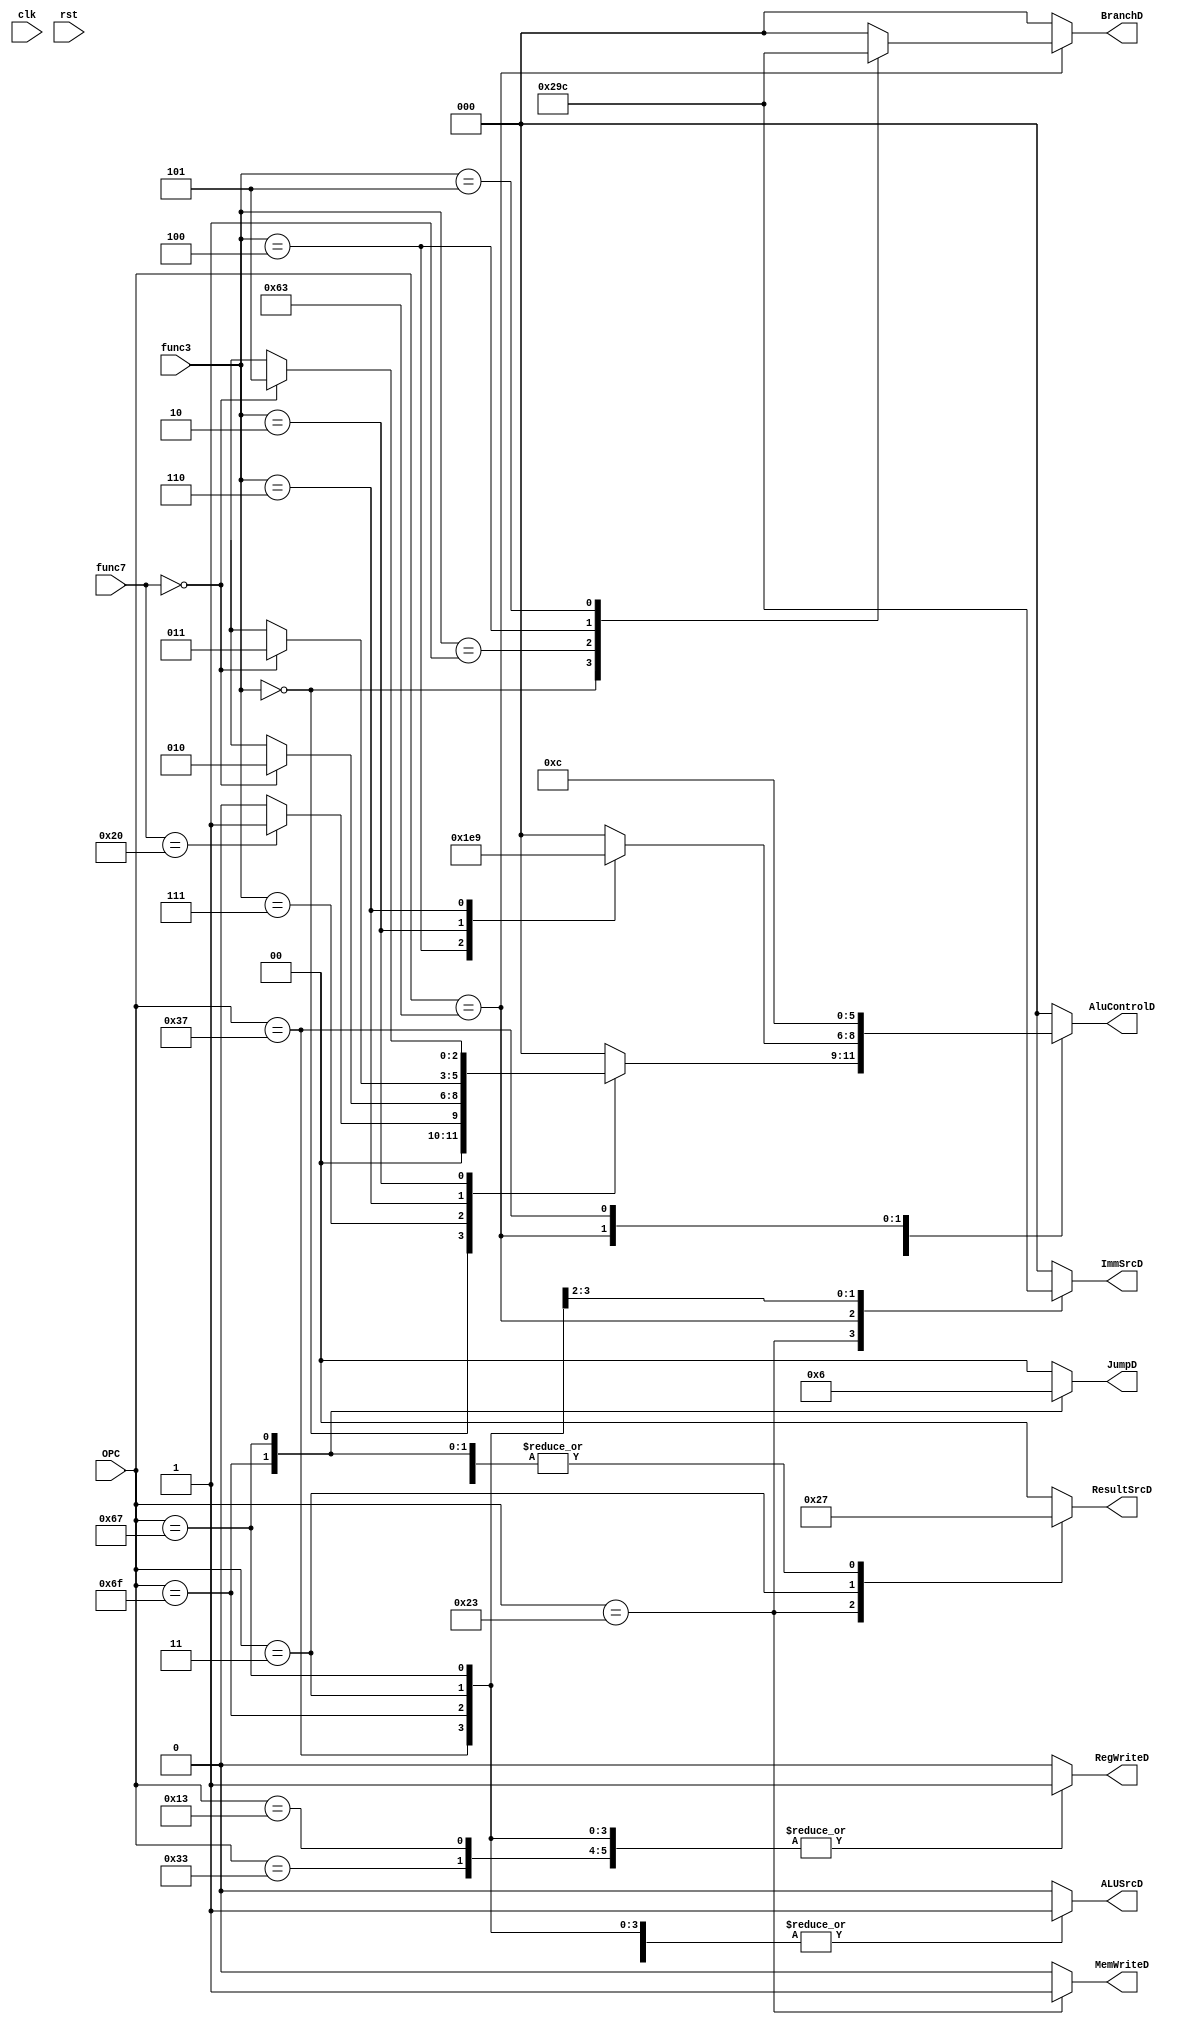
`timescale 1ns/1ns

module Controller(
    input clk,rst,
    input [6:0]OPC,func7,
    input [2:0]func3,
    output reg RegWriteD,MemWriteD,
    output reg [1:0]JumpD,
    output reg ALUSrcD,
    output reg [1:0]ResultSrcD,
    output reg [2:0]ImmSrcD,BranchD,
    output reg [2:0]AluControlD);


  always @* begin
    RegWriteD   = 1'b0;
    MemWriteD   = 1'b0;
    ALUSrcD     = 1'b0;
    ResultSrcD  = 2'b00;
    AluControlD = 3'b000;
    ImmSrcD     = 3'b000;
    BranchD   = 3'b000;
    JumpD = 2'b00;

    case (OPC)
      //R-type
      7'b0110011: begin
        RegWriteD   = 1'b1;
        ResultSrcD  = 2'b00;
        AluControlD = 3'b000;
        ImmSrcD     = 3'b000;

        case (func3)
          3'b000: begin
            case (func7)
              7'b0000000: AluControlD = 3'b000; // ADD
              7'b0100000: AluControlD = 3'b001; // SUB
            endcase
            end
          3'b111: AluControlD = (func7==7'b0000000)?3'b010:3'bx;//And
          3'b110: AluControlD = (func7==7'b0000000)?3'b011:3'bx;//or
          3'b010: AluControlD = (func7==7'b0000000)?3'b101:3'bx;//slt
          
        endcase
      end

      // I-type
      7'b0010011: begin
        RegWriteD   = 1'b1;
        ALUSrcD = 1'b1;
	      ImmSrcD = 3'b000;
	
        case (func3)
          3'b000: AluControlD = 3'b000;//addi
          3'b100: AluControlD = 3'b111;//xori
          3'b010: AluControlD = 3'b101;//slti
          3'b110: AluControlD = 3'b001;//ori

        endcase

      end

      // S-type
      7'b0100011: begin
        MemWriteD   = 1'b1;
        ALUSrcD = 1'b1;
        ResultSrcD  = 2'b10;
        ImmSrcD = 3'b001;
        case (func3)
          3'b010: AluControlD = 3'b000;   // Sw
        endcase
      end

      // B-type
      7'b1100011: begin
        ImmSrcD= 3'b010;
        AluControlD = 3'b001;
	      ALUSrcD = 1'b0;
	      case (func3)
          3'b000: BranchD = 3'b001;
          3'b001: BranchD = 3'b010;
          3'b100: BranchD = 3'b011;
          3'b101: BranchD = 3'b100;
        endcase    
      end

      // U-type
      7'b0110111: begin
          RegWriteD  = 1'b1;
          ResultSrcD = 2'b11;
          ImmSrcD    = 3'b011;
          AluControlD = 3'b100;
          ALUSrcD     = 1'b1;
      end

      // jal
      7'b1101111: begin
      	  RegWriteD   = 1'b1;
          ALUSrcD = 1'b1;
          ImmSrcD     = 3'b100;
          AluControlD = 3'b000;
          ResultSrcD  = 2'b11;
          JumpD = 2'b01;
      end
     //lw
     7'b0000011: begin
          RegWriteD   = 1'b1;
          ALUSrcD = 1'b1;
          ImmSrcD     = 3'b000;
          AluControlD = 3'b000;
          ResultSrcD  = 2'b01;
     end
     //jalr
     7'b1100111:begin
          JumpD = 2'b10;
          AluControlD = 3'b000;
          RegWriteD   = 1'b1;
          ALUSrcD = 1'b1;
          ImmSrcD = 3'b000;
          ResultSrcD  = 2'b11;
	end
    endcase
  end

endmodule